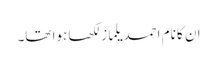
ان کا نام احمد یلماز لکھا ہوا تھا۔